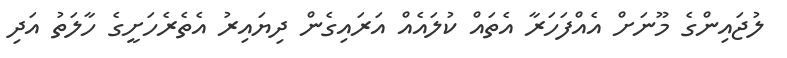
ލުޖައިންގެ މޫނަށް އެއްފަހަރާ އެތައް ކުލައެއް އަރައިގެން ދިޔައިރު އެތެރެހަށީގެ ހާލަތު އަދި